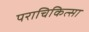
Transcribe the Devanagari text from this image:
पराचिकित्सा